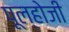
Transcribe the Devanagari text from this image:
पूल्होजी